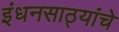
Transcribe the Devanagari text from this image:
इंधनसाठ्यांचे